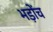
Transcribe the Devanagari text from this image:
भड़ोंच